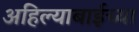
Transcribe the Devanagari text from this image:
अहिल्याबाईच्या